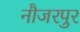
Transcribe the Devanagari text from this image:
नौजरपुर